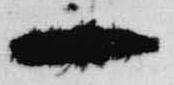
一